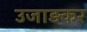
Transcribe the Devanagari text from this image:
उजाड़कर